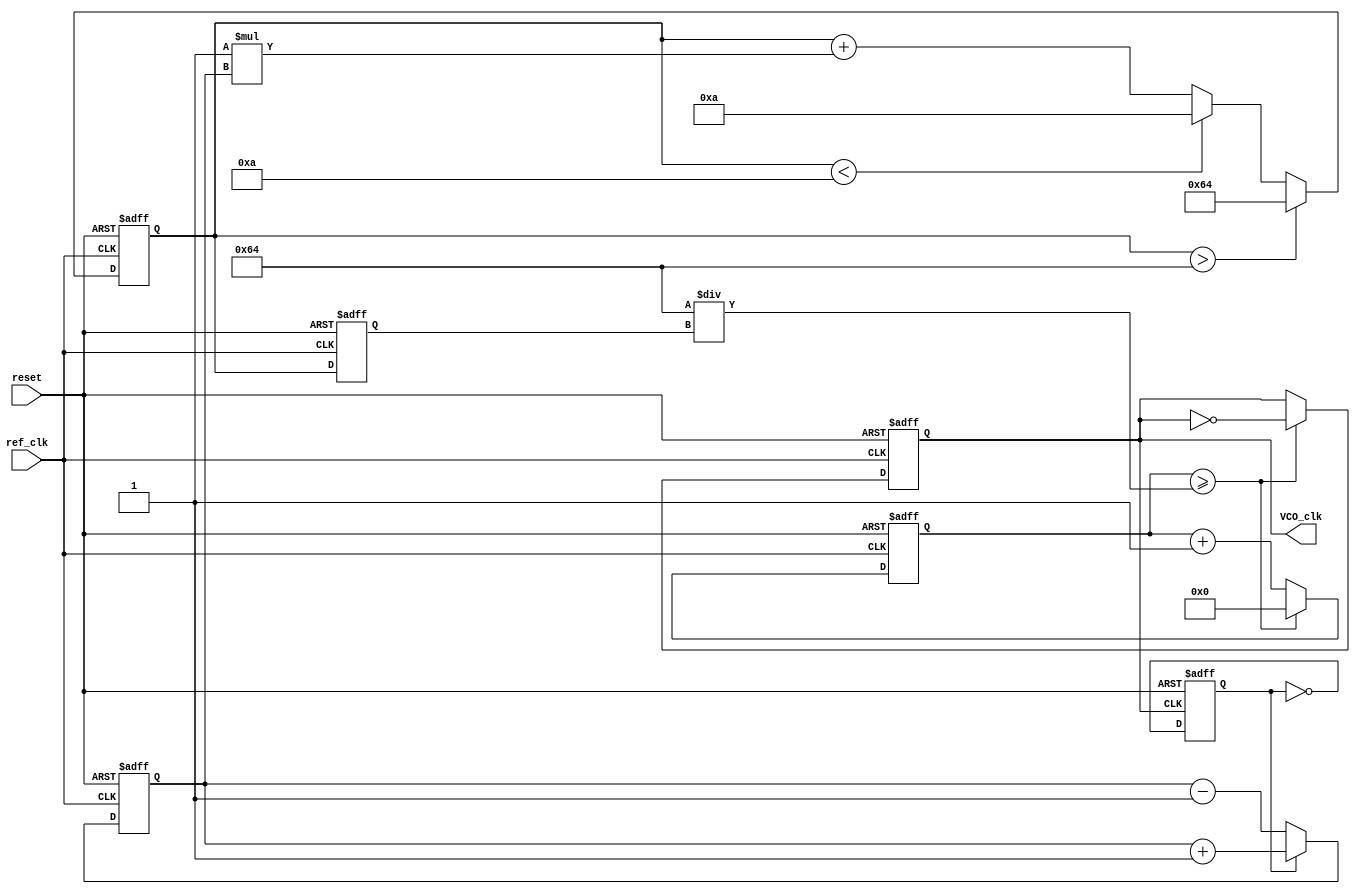
module DPLL (
    input wire ref_clk,         // Reference clock input
    input wire reset,          // Reset signal
    output reg VCO_clk         // Output clock from VCO
);

// Parameters
parameter VCO_MAX_FREQ = 100; // Maximum frequency for VCO
parameter VCO_MIN_FREQ = 10;   // Minimum frequency for VCO
parameter VCO_STEP = 1;        // Frequency step for VCO adjustment
parameter LOOP_FILTER_GAIN = 1; // Gain for Loop Filter

// Internal signals
reg [7:0] phase_error;          // Phase error signal
reg [7:0] Vctrl;                // Control voltage from Loop Filter
reg [7:0] VCO_freq;             // Current frequency of VCO
reg fb_clk;                     // Feedback clock signal
reg [31:0] counter;             // Counter for VCO clock generation

// Phase Detector (PD)
always @(posedge ref_clk or posedge reset) begin
    if (reset) begin
        phase_error <= 8'b0;
    end else begin
        // Simple phase error detection (assume fb_clk is synchronized)
        if (fb_clk) begin
            phase_error <= phase_error + 1; // Increment if fb_clk is ahead
        end else begin
            phase_error <= phase_error - 1; // Decrement if fb_clk is behind
        end
    end
end

// Loop Filter (LF)
always @(posedge ref_clk or posedge reset) begin
    if (reset) begin
        Vctrl <= 8'b0;
    end else begin
        // PI Filter implementation
        Vctrl <= Vctrl + (LOOP_FILTER_GAIN * phase_error);
        // Limit control voltage to avoid exceeding VCO frequency range
        if (Vctrl > VCO_MAX_FREQ) begin
            Vctrl <= VCO_MAX_FREQ;
        end else if (Vctrl < VCO_MIN_FREQ) begin
            Vctrl <= VCO_MIN_FREQ;
        end
    end
end

// Voltage-Controlled Oscillator (VCO)
always @(posedge ref_clk or posedge reset) begin
    if (reset) begin
        VCO_freq <= VCO_MIN_FREQ; // Initialize VCO frequency
        counter <= 32'b0;          // Initialize counter
        VCO_clk <= 1'b0;           // Initialize VCO clock output
    end else begin
        // Adjust VCO frequency based on control voltage
        VCO_freq <= Vctrl;

        // Generate VCO clock based on frequency
        counter <= counter + 1;
        if (counter >= (100 / VCO_freq)) begin // Adjust this division factor based on your clock period
            VCO_clk <= ~VCO_clk; // Toggle VCO clock
            counter <= 32'b0;    // Reset counter
        end
    end
end

// Feedback Path (Divider)
always @(posedge VCO_clk or posedge reset) begin
    if (reset) begin
        fb_clk <= 1'b0; // Initialize feedback clock
    end else begin
        // Simple feedback divider (divide by 2 for example)
        fb_clk <= ~fb_clk; // Toggle feedback clock
    end
end

endmodule